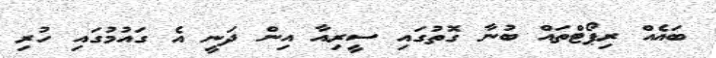
ބައެއް ރިޕޯޓްތައް ބުނާ ގޮތުގައި ސީރިއާ އިން ދަނީ އެ ގައުމުގައި ހުރި